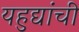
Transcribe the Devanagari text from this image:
यहुद्यांची